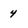
Character: 4